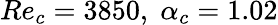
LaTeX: Re_{c}=3850,\; \alpha_{c}=1.02